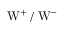
\mathrm { W } ^ { + } \, / \, \mathrm { W } ^ { - }